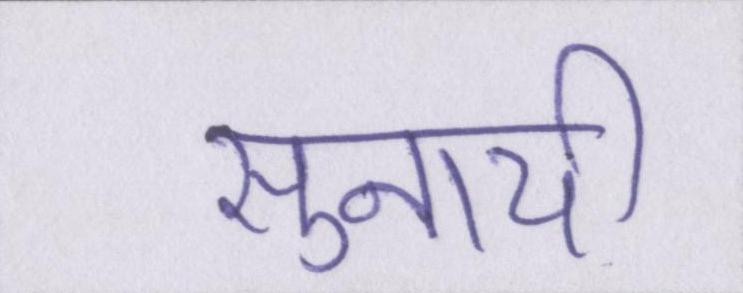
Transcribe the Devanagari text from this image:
सुनायी